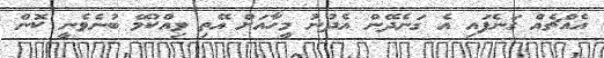
އެއްޗެއް ގަނެފައި އެ ގަނެދޭން އެދުނު މީހާއަށް އޭތި ވިއްކުމޭ ބުނެވެނީ ކޮން